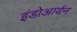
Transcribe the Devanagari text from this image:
इंडोआर्यन